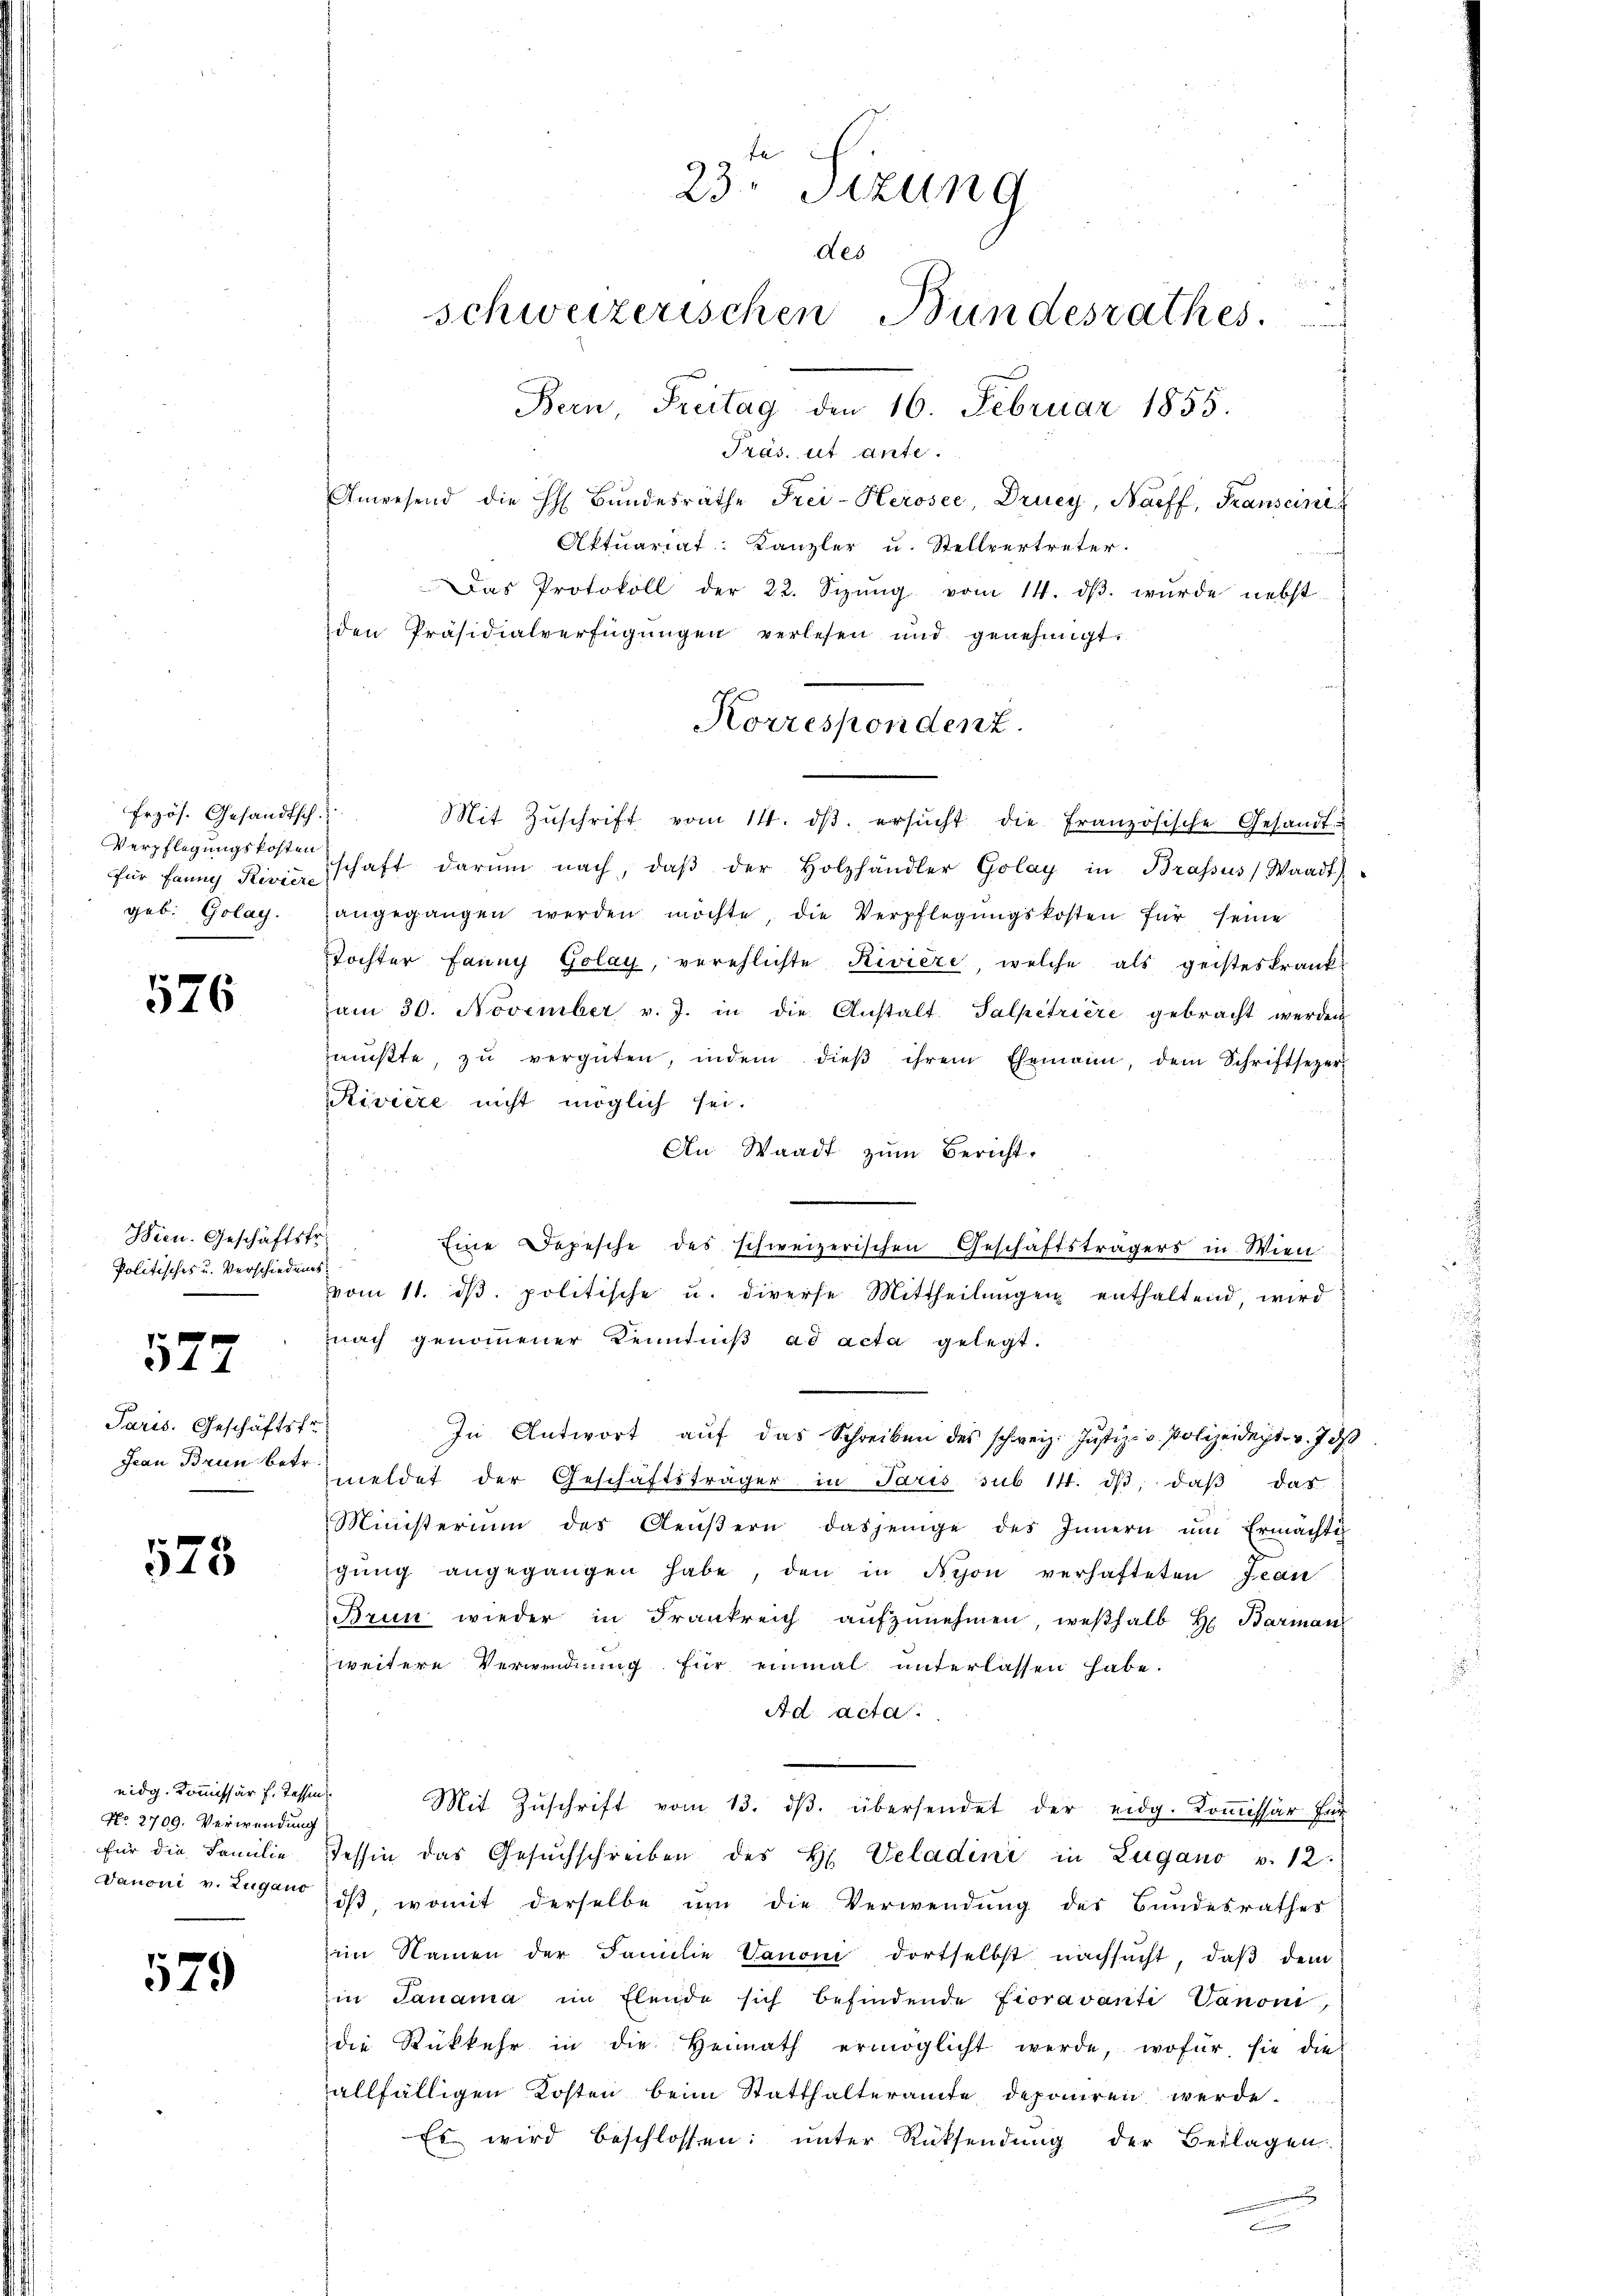
Frzös. Gesandtsch.
Verpflegungskosten

576

Wien. Geschäftstr¬
Politisches u. Verschiedens¬

572

Paris. Geschäftsfr

23

579

eidg. Kommissär f. Tessin
No. 2709. Verwendung
Danoni v. Zugano

23. Sitzung
des
2
schweizerischen Bundesrathes . . . . . .
Bern, Freitag den 16. Februar 1855.
Präs. ut ante.

Anwesend die H Bŭndesräthe Frei-Kerosee, Drucy, Naeff, Franseine
Aktuariat: Kanzler u. Stellvertreter.
Das Protokoll der 22. Sizŭng vom 14. dβ. wurde nebst
den Präsidialverfügungen verlesen und genehmigt.

Korrespondenz.

Mit Zŭschrift vom 14. dβ. ersŭcht die Französische Gesandt
für Banng Rivierschaft darŭm nach, daβ der Holzhändler Golay in Brassus Waadt
geb. Golay. angegangen werden möchte, die Verpflegŭngskosten für seine
Tochter Fanny Golay, verehlichte Riviere, welche als geisteskrankam 30. November v. J. in die Anstalt Salpetriere gebracht werden
aŭβte, zŭ vergüten, indem dieβ ihrem Ehemann, dem Schriftsezer-
Riviere nicht möglich sei.
An Waadt zum Bericht.
Eine Depesche des schweizerischen Geschäftsträgers in Wien
vom 11. dβ. politische u. diverse Mittheilŭngen enthaltend, wird
nach genommener Kenntniß ad acta gelegt.
In Antwort aŭf das Schreiben des schweiz. Justiz- & Polizeidet. v. J. ds
Jean Brun betr. meldet der Geschäftsträger in Paris sub 14. dβ, daβ das
Ministerium des Aeŭβern dasjenige des Innern ŭm Ermächtig
gŭng angegangen habe, den in Nyon verhafteten Jean
Brun wieder in Frankreich aŭfzŭnehmen, weshalb H. Barman
weitere Verwendung für einmal unterlassen habe.
Ad acta.
Mit Zŭschrift vom 13. dβ. übersendet der eidg. Koṁissär für
für die Familie Tessin das Gesŭchschreiben des H. Veladini in Lugano v. 12.
ist, womit derselbe um die Verwendung der Bundesrathes
im Namen der Familie Vanoni dortselbst nachsucht, daβ dem
iin Janama im Elende sich befindende Fioravanti Vanon,
die Rückkehr in die Heimath ermöglicht werde, wofür sie die
allfälligen Kosten beim Statthalteramte deponiren werde.
Es wird beschlossen: unter Rücksendung der Beilagen
g
c